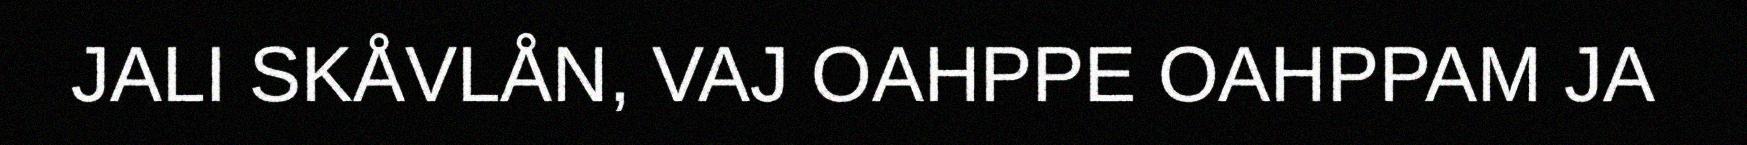
JALI SKÅVLÅN, VAJ OAHPPE OAHPPAM JA